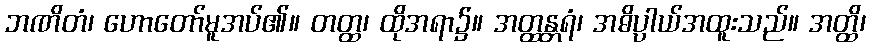
ဘဏိတံ၊ ဟောတော်မူအပ်၏။ တတ္ထ၊ ထိုအရာ၌။ အတ္ထန္တရံ၊ အဓိပ္ပာယ်အထူးသည်။ အတ္ထိ၊